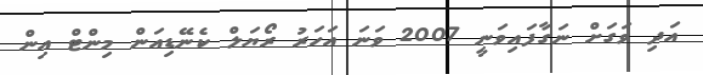
އަދި ވަގަށް ނަގާފައިވަނީ 2007 ވަނަ އަހަރު ރޯޔަލް ކެނޭޑިއަން މިންޓް އިން